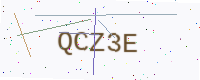
Text: QCZ3E